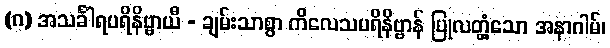
(ဂ) အသင်္ခါရပရိနိဗ္ဗာယီ - ချမ်းသာစွာ ကိလေသပရိနိဗ္ဗာန် ပြုလတ္တံ့သော အနာဂါမ်၊